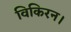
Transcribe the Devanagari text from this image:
विकिरन।